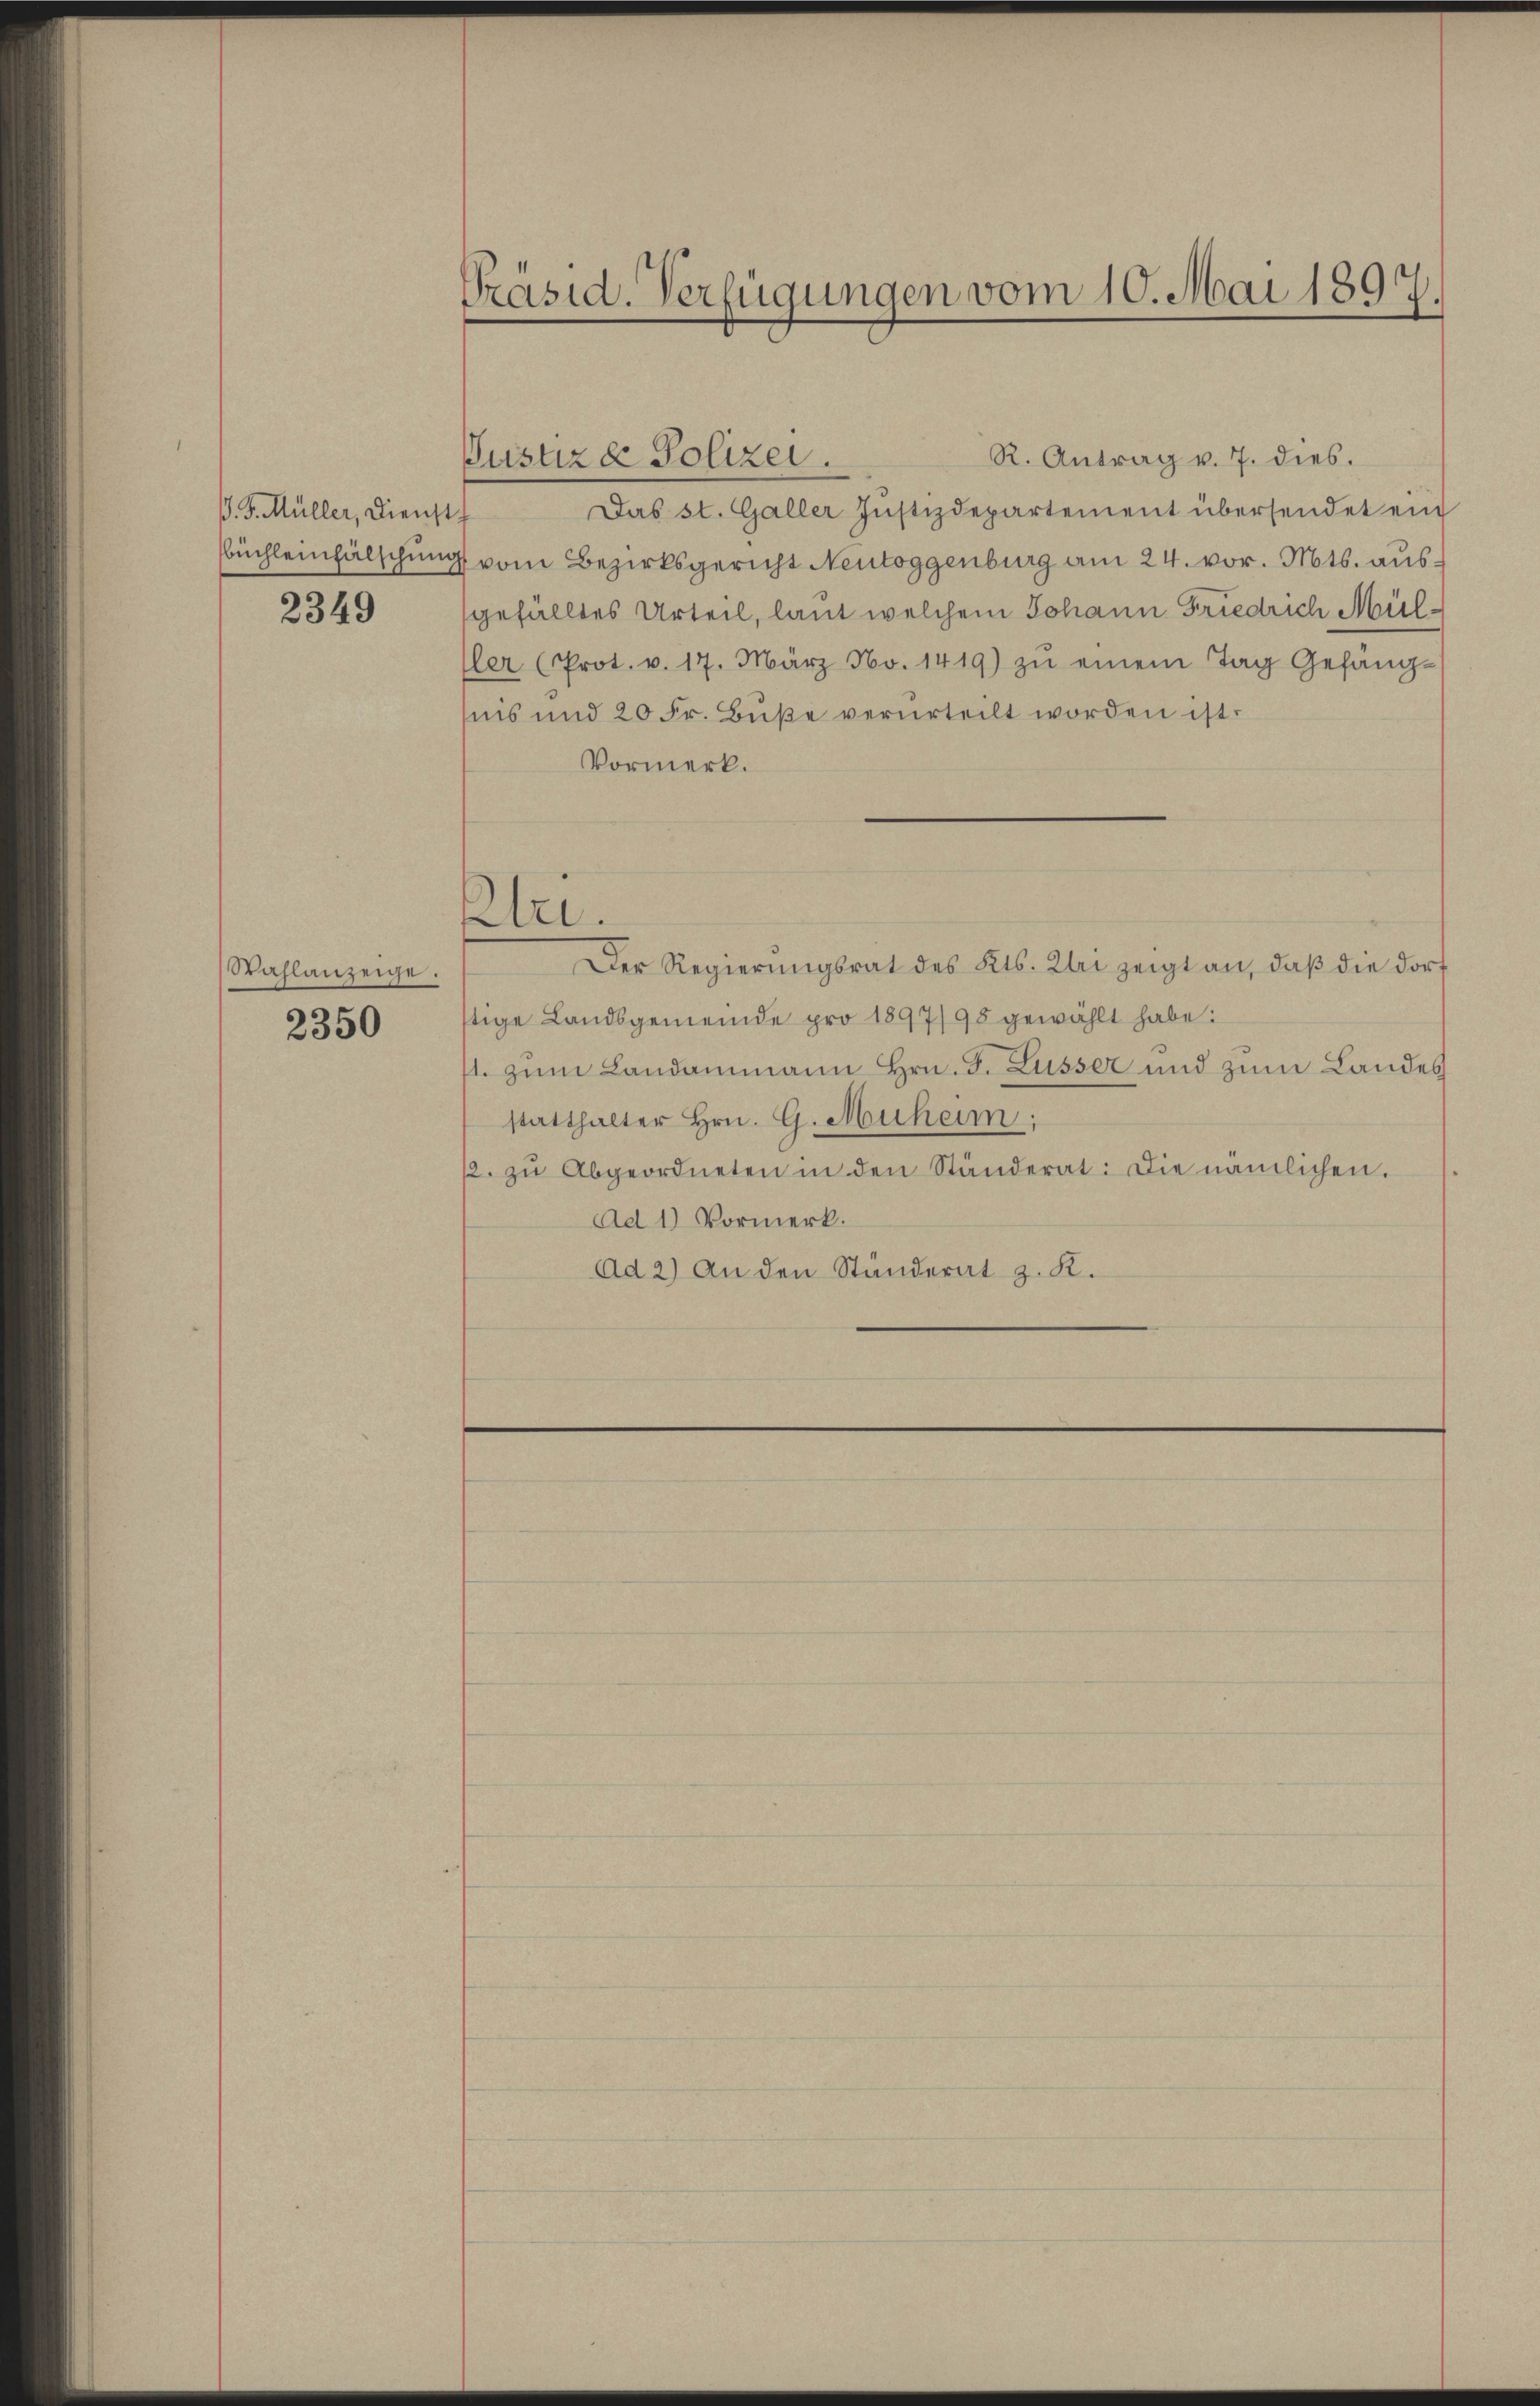
P. J. Müller, Dienst
büchleinfälschung

2349

Wahlanzeige.

2350

Präsid. Verfügungen vom 10. Mai 1897.

R. Antrag v. 7. dies.
Justiz & Polizei.
Das St. Galler Justizdepartement übersendet ein
vom Bezirksgericht Neutoggenburg am 24. vor. Mts. ausgefälltes Urteil, laut welchem Johann Friedrich Müller (Prot. v. 17. März No. 1419) zŭ einem Tag Gefäng-
nis und 20 Fr. Buße verurteilt worden ist.
Vormerk.
tri.
Der Regierungsrat des Kts. Klei zeigt an, daß die dorf
stige Landsgemeinde pro 1897/95 gewählt habe:
1. zum Landammann Hrn. J. Lüsser und zum Landes
statthalter Hrn. G. Muheim:
/. zŭ Abgeordneten in den Ständerat: Die nämlichen.
Ad 1) Vormerk.
Ad 2) An den Ständerat z. K.